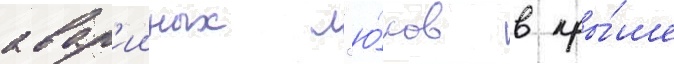
авар'ииных л'ю́ков в кры́ше